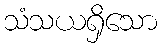
သံသယရှိသော